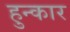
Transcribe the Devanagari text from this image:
हुन्कार